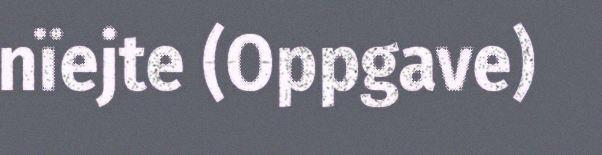
nïejte (Oppgave)